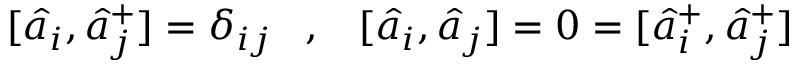
[ \hat { a } _ { i } , \hat { a } _ { j } ^ { + } ] = \delta _ { i j } \; \; \; , \; \; \; [ \hat { a } _ { i } , \hat { a } _ { j } ] = 0 = [ \hat { a } _ { i } ^ { + } , \hat { a } _ { j } ^ { + } ]